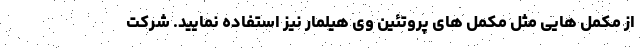
از مکمل هایی مثل مکمل های پروتئین وی هیلمار نیز استفاده نمایید. شرکت